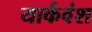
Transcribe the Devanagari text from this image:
यार्कवंश